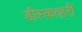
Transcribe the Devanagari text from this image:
डीस्कव्हरी